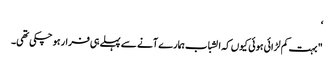
‘
" بہت کم لڑائی ہوئی کیوں کہ الشباب ہمارے آنے سے پہلے ہی فرار ہو چکی تھی۔